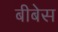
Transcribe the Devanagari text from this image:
बीबेस